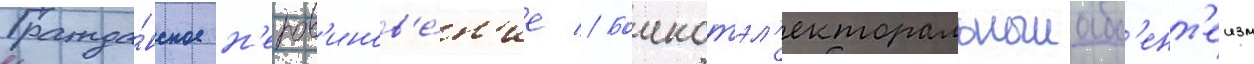
Гражда́нское н'епов'инов'е́н'ие // Боикотэл'екторальныиабс'ент'еизм